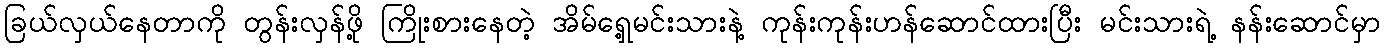
ခြယ်လှယ်နေတာကို တွန်းလှန်ဖို့ ကြိုးစားနေတဲ့ အိမ်ရှေ့မင်းသားနဲ့ ကုန်းကုန်းဟန်ဆောင်ထားပြီး မင်းသားရဲ့ နန်းဆောင်မှာ